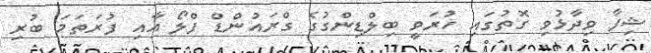
ޝިފާ ވިދާޅުވި ގޮތުގައި ހުރަވީ ބިލްޑިންގުގެ ގްރައުންޑް ފްލޯ އާއި ފުރަތަމަ ބުރި